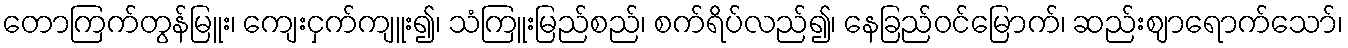
တောကြက်တွန်မြူး၊ ကျေးငှက်ကျူး၍၊ သံကြူးမြည်စည်၊ စက်ရိပ်လည်၍၊ နေခြည်ဝင်မြောက်၊ ဆည်းဈာရောက်သော်၊